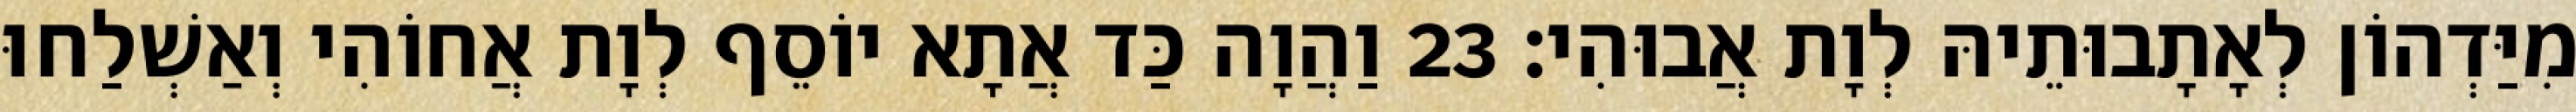
מִיַּדְהוֹן לְאָתָבוּתֵיהּ לְוָת אֲבוּהִי׃ 23 וַהֲוָה כַּד אֲתָא יוֹסֵף לְוָת אֲחוֹהִי וְאַשְׁלַחוּ